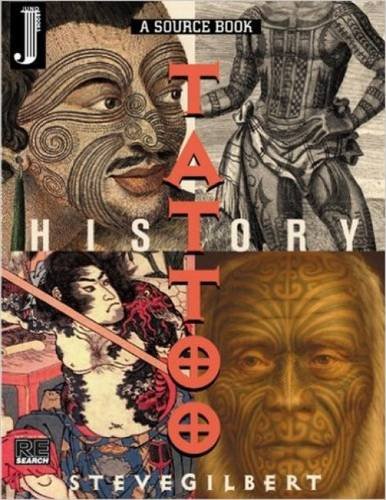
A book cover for The Tattoo History Source Book; Steve Gilbert; Arts & Photography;